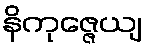
နိကုဇ္ဇေယျ